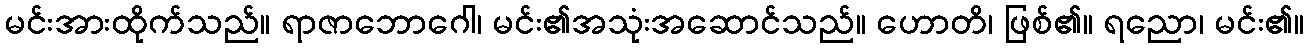
မင်းအားထိုက်သည်။ ရာဇာဘောဂေါ၊ မင်း၏အသုံးအဆောင်သည်။ ဟောတိ၊ ဖြစ်၏။ ရညော၊ မင်း၏။